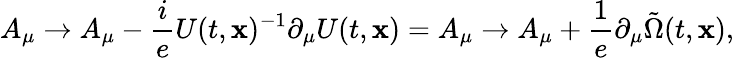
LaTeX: A_{\mu}\to A_{\mu}-\frac{i}{e}U(t,{\mathbf x})^{-1}\partial_{\mu}U(t,{\mathbf x})=A_{\mu}\to A_{\mu}+\frac{1}{e}\partial_{\mu}\tilde{\Omega}(t,{\mathbf x}),